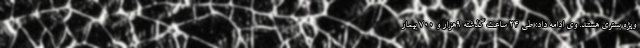
ویژه بستری هستند. وی ادامه داد: طی 24 ساعت گذشته 9هزار و 700 بیمار